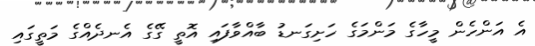
އެ އަންހެން މީހާގެ މަންމަގެ ހަށިގަނޑު ބާއްވާފައި އޮތީ ގޭގެ އެނދެއްގެ މަތީގައި